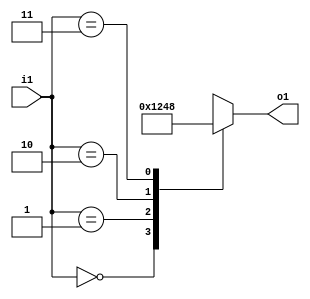
`timescale 1ns / 1ps

module decoder2to4(
    input wire [1:0] i1,
    output reg [3:0] o1
    );
    
    always @(*) 
    begin
        case(i1)
            2'd0: o1 <= 4'b0001;
            2'd1: o1 <= 4'b0010;
            2'd2: o1 <= 4'b0100;
            2'd3: o1 <= 4'b1000;
 
        endcase
    end
endmodule